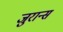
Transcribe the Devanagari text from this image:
जुरान्स